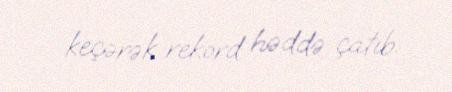
keçərək rekord həddə çatıb.